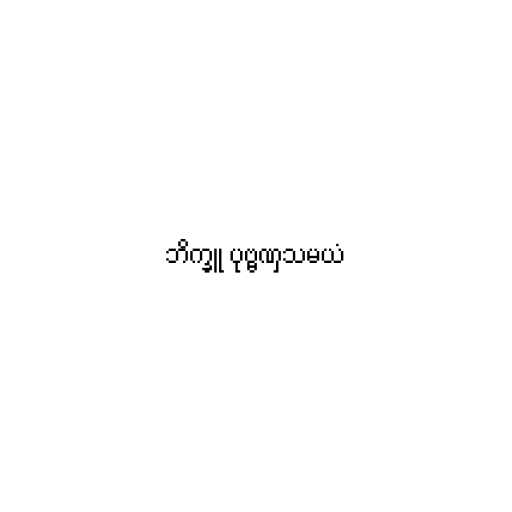
ဘိက္ခူ ပုဗ္ဗဏှသမယံ